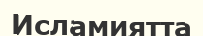
Исламиятта